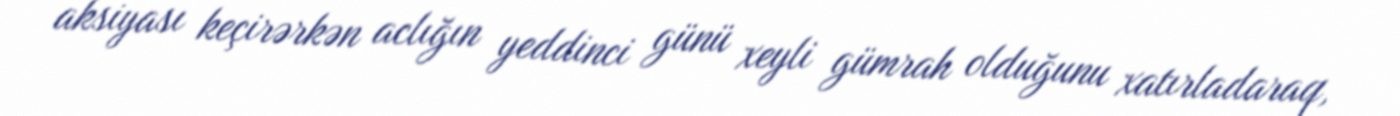
aksiyası keçirərkən aclığın yeddinci günü xeyli gümrah olduğunu xatırladaraq,